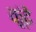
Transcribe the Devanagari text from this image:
कूंढे